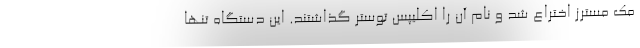
مک مسترز اختراع شد و نام آن را اکلیپس توستر گذاشتند. این دستگاه تنها